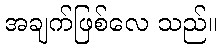
အချက်ဖြစ်လေ သည်။